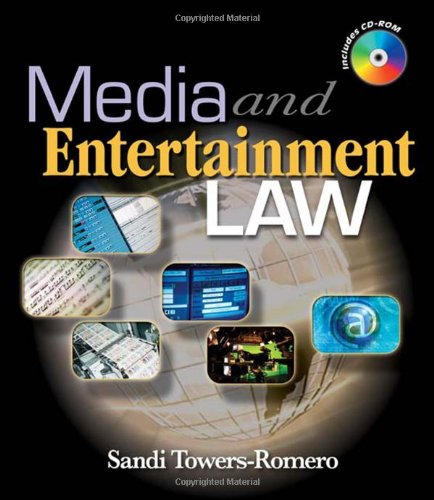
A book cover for Media and Entertainment Law; Sandi Towers; Law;